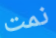
نمت